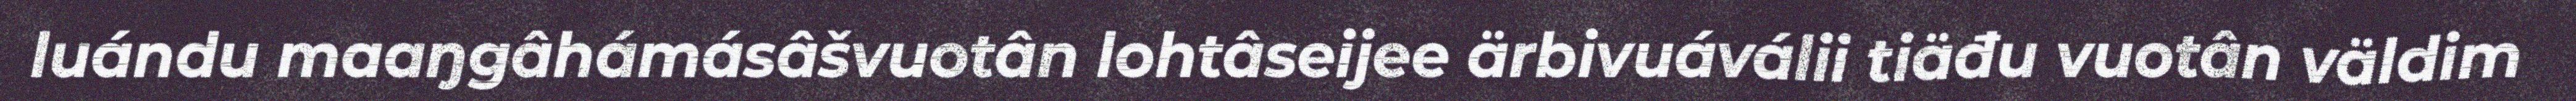
luándu maaŋgâhámásâšvuotân lohtâseijee ärbivuáválii tiäđu vuotân väldim